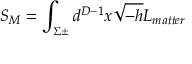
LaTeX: S _ { M } = \int _ { \Sigma \pm } d ^ { D - 1 } x \sqrt { - h } L _ { m a t t e r }